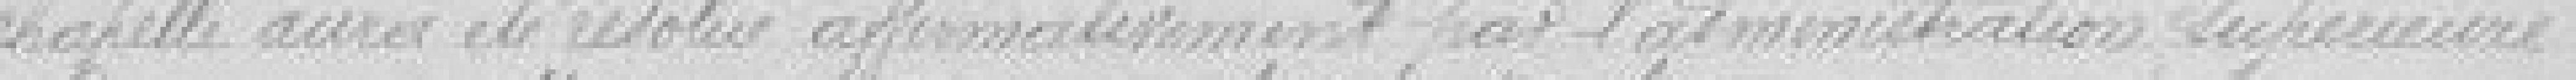
chapelle aura été résolu affirmativement par l'administration supérieure.